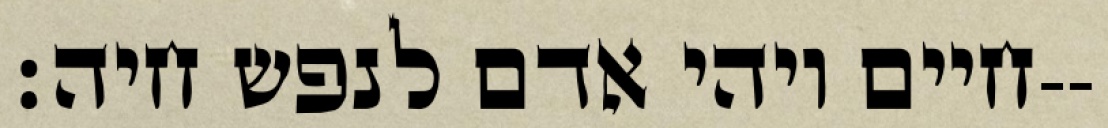
חיים ויהי אדם לנפש חיה׃--